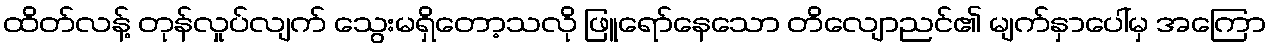
ထိတ်လန့် တုန်လှုပ်လျက် သွေးမရှိတော့သလို ဖြူရော်နေသော တိလျောညင်၏ မျက်နှာပေါ်မှ အကြော